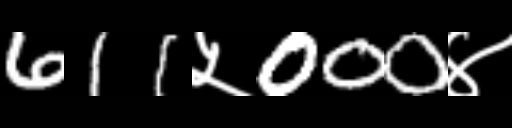
Text: 611५000४